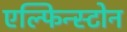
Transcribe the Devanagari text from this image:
एल्फिन्स्टोन